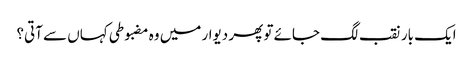
ایک بار نقب لگ جائے تو پھر دیوار میں وہ مضبوطی کہاں سے آتی؟